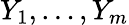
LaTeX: Y_{1},\ldots,Y_{m}